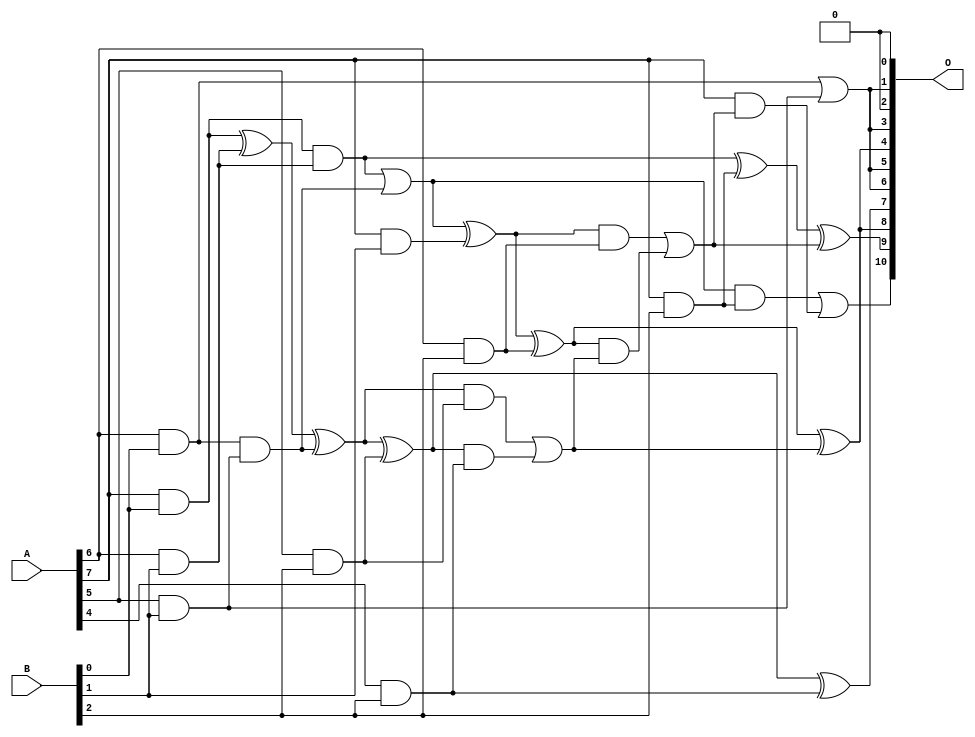
// This program was cloned from: https://github.com/ehw-fit/evoapproxlib
// License: MIT License

/***
* This code is a part of EvoApproxLib library (ehw.fit.vutbr.cz/approxlib) distributed under The MIT License.
* When used, please cite the following article(s): V. Mrazek, L. Sekanina, Z. Vasicek "Libraries of Approximate Circuits: Automated Design and Application in CNN Accelerators" IEEE Journal on Emerging and Selected Topics in Circuits and Systems, Vol 10, No 4, 2020 
* This file contains a circuit from a sub-set of pareto optimal circuits with respect to the pwr and mae parameters
***/
// MAE% = 1.34 %
// MAE = 28 
// WCE% = 5.22 %
// WCE = 107 
// WCRE% = 100.00 %
// EP% = 85.69 %
// MRE% = 18.70 %
// MSE = 1309 
// PDK45_PWR = 0.027 mW
// PDK45_AREA = 101.4 um2
// PDK45_DELAY = 0.46 ns

module mul8x3u_0SF (
    A,
    B,
    O
);

input [7:0] A;
input [2:0] B;
output [10:0] O;

wire sig_17,sig_18,sig_24,sig_25,sig_26,sig_49,sig_50,sig_54,sig_55,sig_57,sig_58,sig_60,sig_65,sig_66,sig_67,sig_68,sig_91,sig_92,sig_93,sig_94;
wire sig_95,sig_96,sig_97,sig_98,sig_99,sig_100,sig_101,sig_102,sig_103,sig_104,sig_105;

assign sig_17 = A[6] & B[0];
assign sig_18 = A[7] & B[0];
assign sig_24 = A[5] & B[1];
assign sig_25 = A[6] & B[1];
assign sig_26 = A[7] & B[1];
assign sig_49 = sig_17 | sig_24;
assign sig_50 = sig_17 & sig_24;
assign sig_54 = sig_18 ^ sig_25;
assign sig_55 = sig_18 & sig_25;
assign sig_57 = sig_54 ^ sig_50;
assign sig_58 = sig_55 | sig_50;
assign sig_60 = sig_58 ^ sig_26;
assign sig_65 = A[4] & B[2];
assign sig_66 = A[5] & B[2];
assign sig_67 = A[6] & B[2];
assign sig_68 = A[7] & B[2];
assign sig_91 = sig_57 ^ sig_66;
assign sig_92 = sig_57 & sig_66;
assign sig_93 = sig_91 & sig_65;
assign sig_94 = sig_91 ^ sig_65;
assign sig_95 = sig_92 | sig_93;
assign sig_96 = sig_60 ^ sig_67;
assign sig_97 = sig_60 & sig_67;
assign sig_98 = sig_96 & sig_95;
assign sig_99 = sig_96 ^ sig_95;
assign sig_100 = sig_97 | sig_98;
assign sig_101 = sig_55 ^ sig_68;
assign sig_102 = sig_58 & sig_68;
assign sig_103 = A[7] & sig_100;
assign sig_104 = sig_101 ^ sig_100;
assign sig_105 = sig_102 | sig_103;

assign O[10] = sig_105;
assign O[9] = sig_104;
assign O[8] = sig_99;
assign O[7] = sig_94;
assign O[6] = sig_49;
assign O[5] = sig_49;
assign O[4] = sig_99;
assign O[3] = sig_49;
assign O[2] = 1'b0;
assign O[1] = sig_49;
assign O[0] = 1'b0;

endmodule